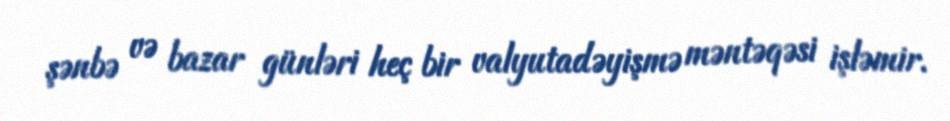
şənbə və bazar günləri heç bir valyutadəyişmə məntəqəsi işləmir.